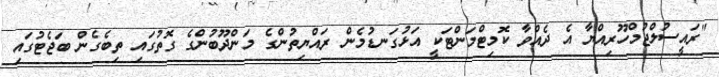
"ރައީސުލްޖުމްހޫރިއްޔާ އެ ދެއްވާ ކޮމިޓްމަންޓަކީ އަޅުގަނޑުމެން ރައްޔިތުންގެ މަންދޫބުންގެ ގޮތުގައި ތިބެގެން ބަޖެޓުގައި